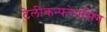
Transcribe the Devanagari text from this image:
टेलीकन्फरेनसिंग